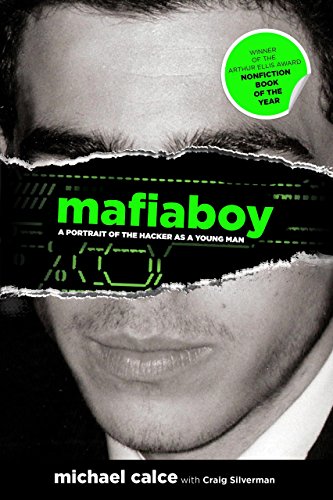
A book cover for Mafiaboy: A Portrait of the Hacker as a Young Man; Michael Calce; Computers & Technology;